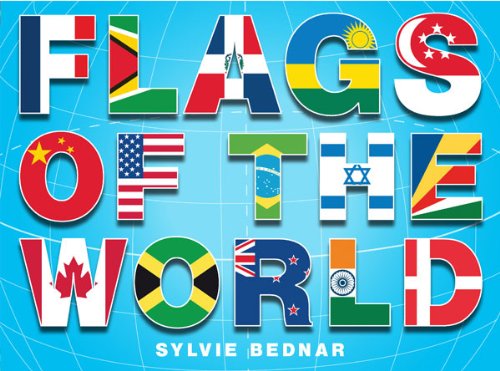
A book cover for Flags of the World; Sylvie Bednar; Children's Books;